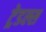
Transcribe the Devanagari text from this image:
ट्रेडल्स